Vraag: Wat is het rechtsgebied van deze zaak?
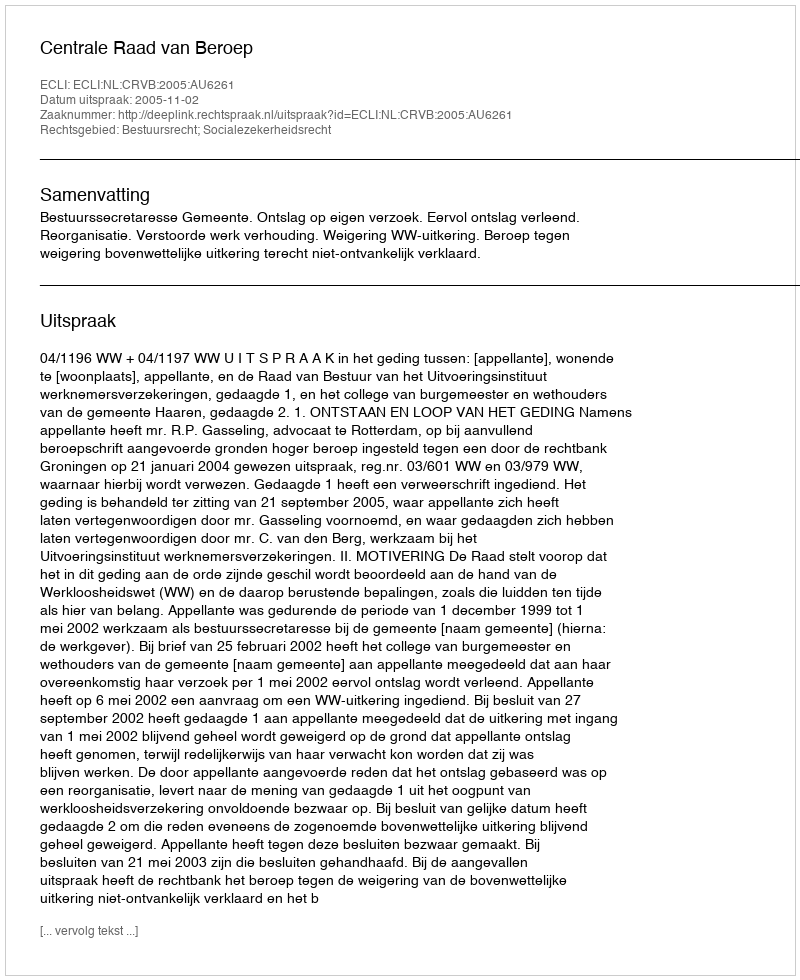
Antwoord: Bestuursrecht; Socialezekerheidsrecht